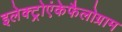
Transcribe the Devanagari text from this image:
इलेक्ट्रोएंकेफैलोग्राम